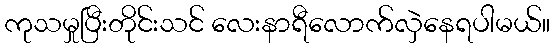
ကုသမှုပြီးတိုင်းသင် လေးနာရီလောက်လှဲနေရပါမယ်။